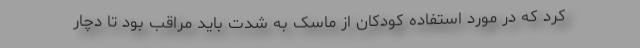
کرد که در مورد استفاده کودکان از ماسک به شدت باید مراقب بود تا دچار